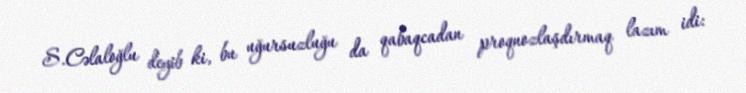
S.Cəlaloğlu deyib ki, bu uğursuzluğu da qabaqcadan proqnozlaşdırmaq lazım idi: